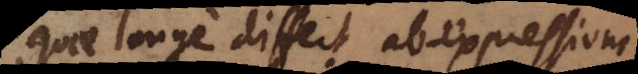
quae longe differt ab expressione